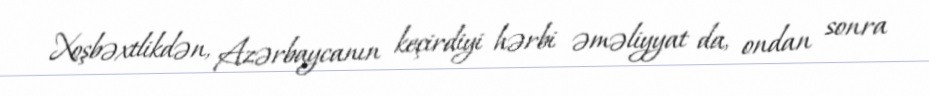
Xoşbəxtlikdən, Azərbaycanın keçirdiyi hərbi əməliyyat da, ondan sonra